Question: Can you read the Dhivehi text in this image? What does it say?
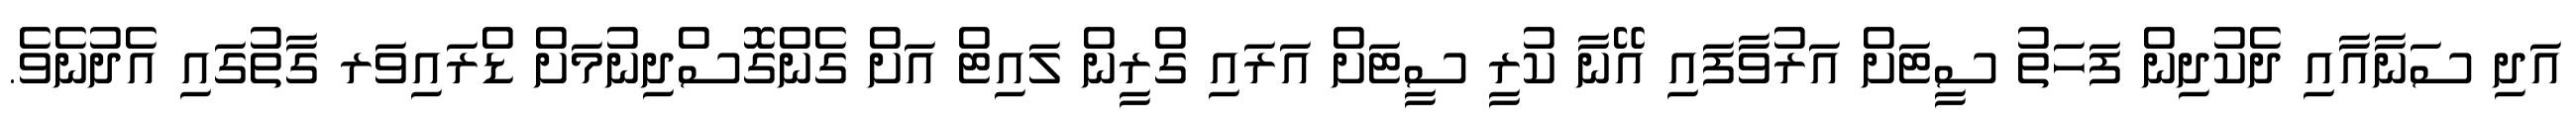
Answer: އަދި ސަނާއާއި ދެކުދިން ފަހަތު ސީޓަށް އަރުވާފައި އޭނާ ކުރީ ސީޓަށް އަރައި ގްރީން ލައިޓް އަށް ގެންގޮސްދިނުމަށް ޑްރައިވަރ ގާތުގައި އެދުނެވެ.